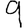
Digit: 9